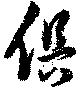
倶